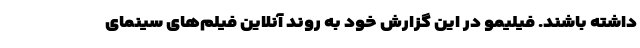
داشته باشند. فیلیمو در این گزارش خود به روند آنلاین فیلم‌های سینمای